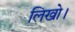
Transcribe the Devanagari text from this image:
लिखो।